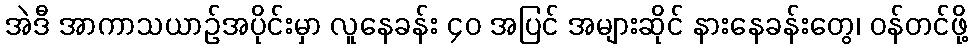
အဲဒီ အာကာသယာဉ်အပိုင်းမှာ လူနေခန်း ၄၀ အပြင် အများဆိုင် နားနေခန်းတွေ၊ ဝန်တင်ဖို့